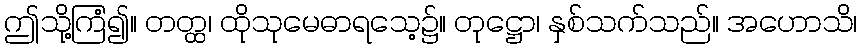
ဤသို့ကြံ၍။ တတ္ထ၊ ထိုသုမေဓာရသေ့၌။ တုဋ္ဌော၊ နှစ်သက်သည်။ အဟောသိ၊